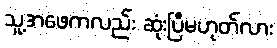
သူ့အဖေကလည်း ဆုံးပြီမဟုတ်လား